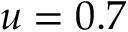
u = 0 . 7